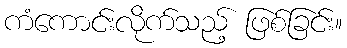
ကံကောင်းလိုက်သည့် ဖြစ်ခြင်း။